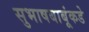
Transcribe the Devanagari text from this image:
सुभाषबाबूंकडे